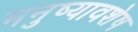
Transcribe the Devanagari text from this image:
मनुष्यावशेष